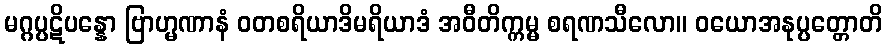
မဂ္ဂပ္ပဋိပန္နော ဗြာဟ္မဏာနံ ဝတစရိယာဒိမရိယာဒံ အဝီတိက္ကမ္မ စရဏသီလော။ ဝယောအနုပ္ပတ္တောတိ